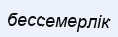
бессемерлік